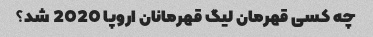
چه کسی قهرمان لیگ قهرمانان اروپا 2020 شد؟